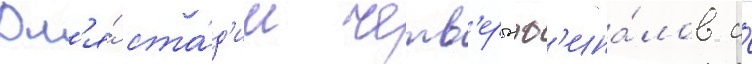
Дл'я́ ста́д'ии четв'ертьф'ина́лов и́